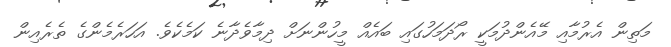
މަތިން އެރުމާއި މޭއެންދުމަކީ ރޯދަމަހުގައި ބައެއް މީހުންނަށް ދިމާވެދާނެ ކަމެކެވެ. އަހަރެމެންގެ ތެރެއިން